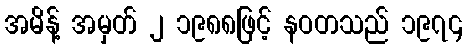
အမိန့် အမှတ် ၂ ၁၉၈၈ဖြင့် နဝတသည် ၁၉၇၄